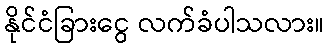
နိုင်ငံခြားငွေ လက်ခံပါသလား။